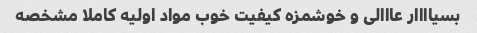
بسیاااار عااالی و خوشمزه کیفیت خوب مواد اولیه کاملا مشخصه